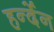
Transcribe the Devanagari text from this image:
हर्न्देन